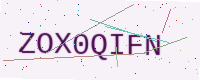
Text: ZOX0QIFN